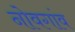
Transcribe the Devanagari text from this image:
नोवगांव